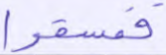
ففسقوا